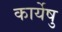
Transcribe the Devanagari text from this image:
कार्येषु